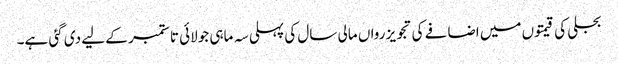
بجلی کی قیمتوں میں اضافے کی تجویز رواں مالی سال کی پہلی سہ ماہی جولائی تا ستمبر کے لیے دی گئی ہے۔